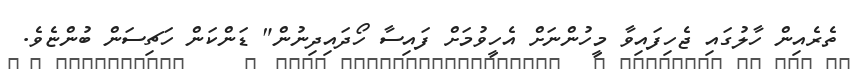
ތެރެއިން ހާލުގައި ޖެހިފައިވާ މީހުންނަށް އެހީވުމަށް ފައިސާ ހޯދައިދިނުން" ޑަންކަން ހަޗިސަން ބުންޏެވެ.